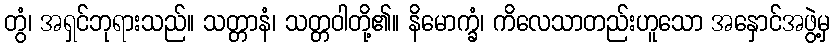
တွံ၊ အရှင်ဘုရားသည်။ သတ္တာနံ၊ သတ္တဝါတို့၏။ နိမောက္ခံ၊ ကိလေသာတည်းဟူသော အနှောင်အဖွဲ့မှ